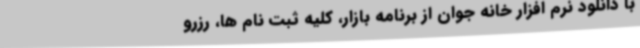
با دانلود نرم افزار خانه جوان از برنامه بازار، کلیه ثبت نام ها، رزرو